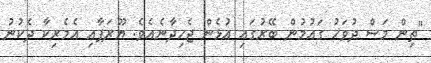
"ތިން މަސް ދުވަހު ގައުމުން ބޭރުގައި އުޅެން ޖެހިދާނެއެވެ. ޔޫރަޕާއި އެމެރިކާ ދެކުނު